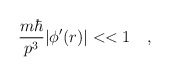
\begin{align*}{{m \hbar}\over{p^3}} | \phi'(r)| << 1 \quad , \end{align*}